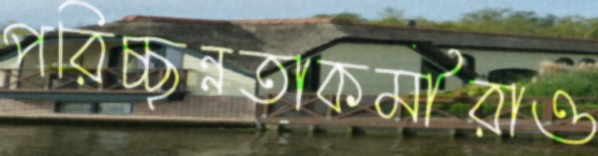
পরিচ্ছন্নতাকর্মীরাও